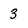
Character: 3